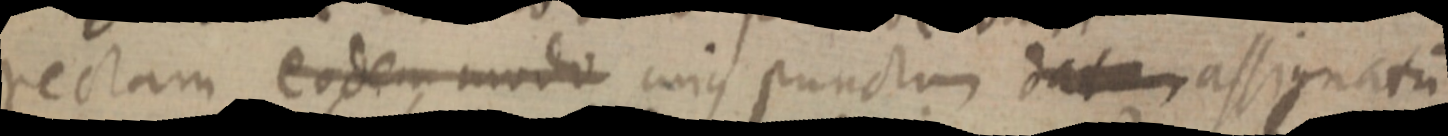
rectam eodem modo cuius punctum dat _ assignatum